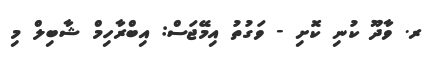
ރ. ވާދޫ ކުނި ކޮށި - ވަގުތު އިމޭޖަސް: އިބްރާހިމް ޝާބިލް މި